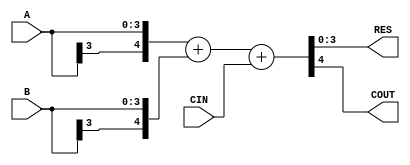
module Calculator_Full_Adder
#(
	parameter WIDTH = 4
)
(
	// Operand Signals
	input  [WIDTH-1:0] A,
	input  [WIDTH-1:0] B,
	input              CIN,
	
	// Result Signals
	output [WIDTH-1:0] RES,
	output             COUT
);

	wire signed [WIDTH:0] op_a; 
	wire signed [WIDTH:0] op_b;
	
	
	//
	// Sign Extend Input Data
	//
	assign op_a = { A[WIDTH-1], A };
	assign op_b = { B[WIDTH-1], B };

	
	//
	// Signed Adder with Carry-In
	//	
	assign { COUT, RES } = op_a + op_b + CIN;
	
endmodule